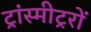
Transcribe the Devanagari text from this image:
ट्रांस्मीट्ररों